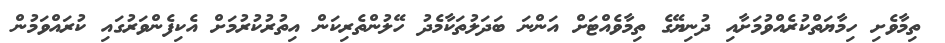
ތިމާވެށި ހިމާޔަތްކުރެއްވުމަށާއި ދުނިޔޭގެ ތިމާވެއްޓަށް އަންނަ ބަދަލުތަކާމެދު ހޭލުންތެރިކަން އިތުރުކުރުމަށް އެކިފެންވަރުގައި ކުރައްވަމުން